Indian journal of veterinary science and animal husbandry - Volumes 18-21, 1948-1951
Year: 1948
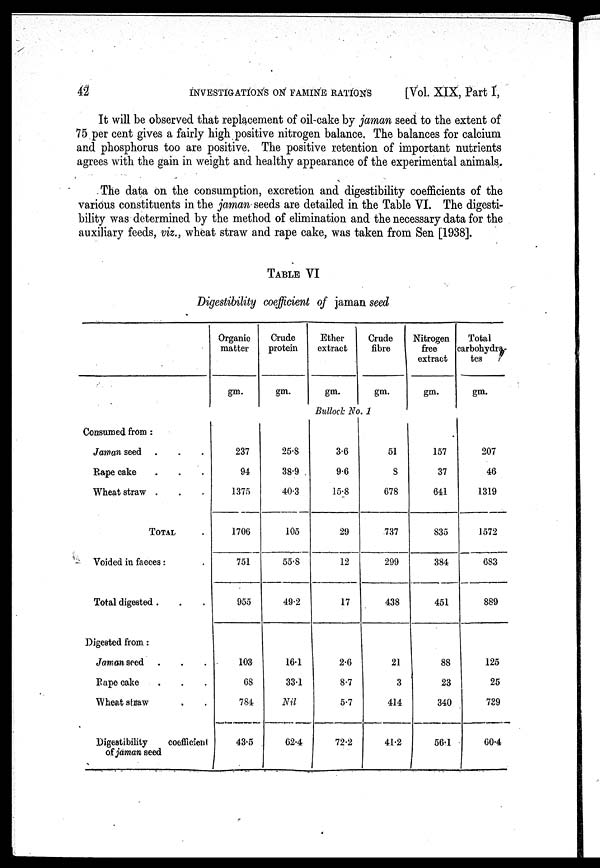
42
INVESTIGATIONS ON FAMINE RATIONS
[Vol. XIX, Part I,
It will be observed that replacement of oil-cake by jaman seed to the extent of
75 per cent gives a fairly high positive nitrogen balance. The balances for calcium
and phosphorus too are positive. The positive retention of important nutrients
agrees with the gain in weight and healthy appearance of the experimental animals.
The data on the consumption, excretion and digestibility coefficients of the
various constituents in the jaman seeds are detailed in the Table VI. The digesti-
bility was determined by the method of elimination and the necessary data for the
auxiliary feeds, viz., wheat straw and rape cake, was taken from Sen [1938].
TABLE VI
Digestibility coefficient of jaman seed
Organic
matter
gm.
Crude
protein
gm.
Ether
extract
gm.
Crude
fibre
gm.
Nitrogen
free
extract
gm.
Total
carbohydra-
tes
gm.
Bullock No.1
Consumed from:
Jaman seed . . .
Rape cake . . .
Wheat straw . . .
TOTAL .
Voided in faeces: .
Total digested . . .
Digested from:
Jaman seed . . .
Rape cake . . .
Wheat stnaw . .
Digestibility
coefficient
of jaman seed
237
94
1375
1706
751
955
103
68
784
43.5
25.8
38.9
40.3
105
55.8
49.2
16.1
33.1
Nil
62.4
3.6
9.6
15.8
29
12
17
2.6
8.7
5.7
72.2
51
8
678
737
299
438
21
3
414
41.2
157
37
641
835
384
451
88
23
340
56.1
207
46
1319
1572
683
889
125
25
739
60.4